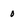
Character: 0